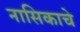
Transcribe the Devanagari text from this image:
नासिकाचे